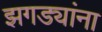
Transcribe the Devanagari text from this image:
झगड्यांना